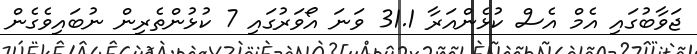
ޖަވާބުގައި އެމް އެސް ކުޅެންއަރާ 31.1 ވަނަ އޯވަރުގައި 7 ކުޅުންތެރިން ނުބައިވެގެން